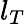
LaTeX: l_{T}